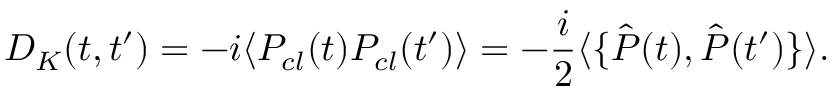
D _ { K } ( t , t ^ { \prime } ) = - i \langle P _ { c l } ( t ) P _ { c l } ( t ^ { \prime } ) \rangle = - \frac { i } { 2 } \langle \{ \hat { P } ( t ) , \hat { P } ( t ^ { \prime } ) \} \rangle .